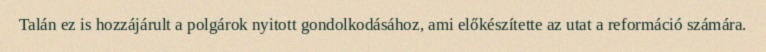
Talán ez is hozzájárult a polgárok nyitott gondolkodásához, ami előkészítette az utat a reformáció számára.